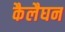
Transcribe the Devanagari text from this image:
कैलैघन